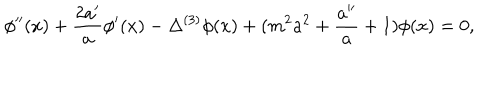
\phi ^ { \prime \prime } ( x ) + \frac { 2 a ^ { \prime } } { a } \phi ^ { \prime } ( x ) - \Delta ^ { ( 3 ) } \phi ( x ) + ( m ^ { 2 } a ^ { 2 } + \frac { a ^ { \prime \prime } } { a } + 1 ) \phi ( x ) = 0 ,